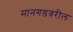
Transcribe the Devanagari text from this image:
मानगडवरील